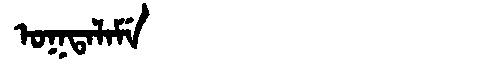
Manchu: ᠣᡴᡨᠠᠯᠠᠮᡝ
Romanization: OKTALAME